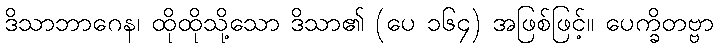
ဒိသာဘာဂေန၊ ထိုထိုသို့သော ဒိသာ၏ (ပေ ၁၆၄) အဖြစ်ဖြင့်။ ပေက္ခိတဗ္ဗာ